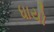
ધાયો